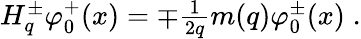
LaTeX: \begin{array}{l}{{H_{q}^{\pm}\varphi_{0}^{+}(x)=\mp\frac 1{2q}m(q)\varphi_{0}^{\pm}(x)\; .}}\end{array}